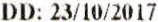
DD: 23/10/2017